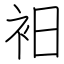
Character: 衵